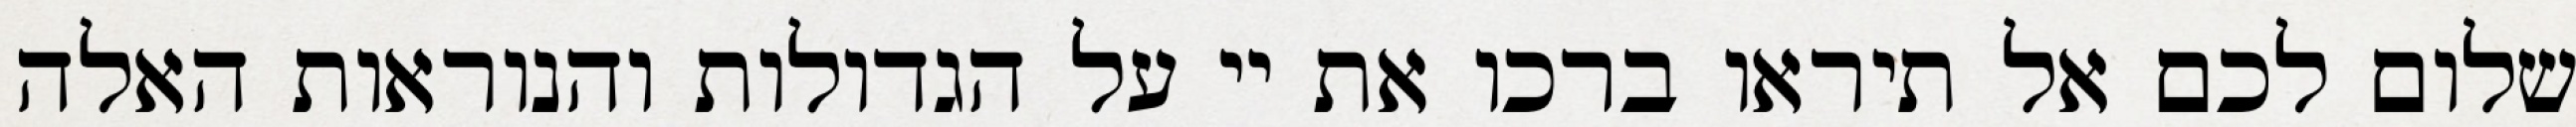
שלום לכם אל תיראו ברכו את יי על הגדולות והנוראות האלה